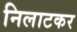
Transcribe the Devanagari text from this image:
निलाटकर